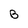
Character: B